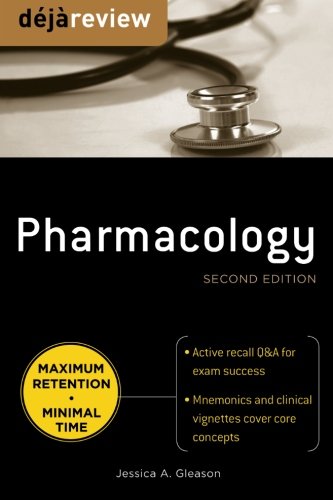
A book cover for Deja Review Pharmacology, Second Edition; Jessica Gleason; Medical Books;